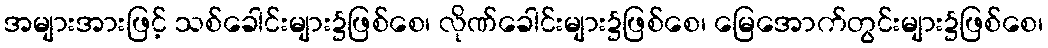
အများအားဖြင့် သစ်ခေါင်းများ၌ဖြစ်စေ၊ လိုဏ်ခေါင်းများ၌ဖြစ်စေ၊ မြေအောက်တွင်းများ၌ဖြစ်စေ၊